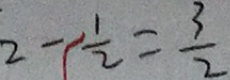
2 - \frac { 1 } { 2 } = \frac { 3 } { 2 }